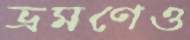
ভ্রমণেও